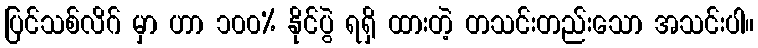
ပြင်သစ်လိဂ် မှာ ဟာ ၁၀၀% နိုင်ပွဲ ရရှိ ထားတဲ့ တသင်းတည်းသော အသင်းပါ။